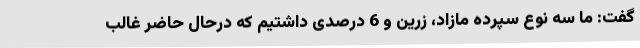
گفت: ما سه نوع سپرده مازاد، زرین و 6 درصدی داشتیم که درحال حاضر غالب